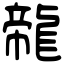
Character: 㡣